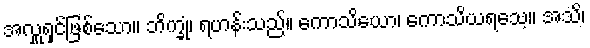
အလှူရှင်ဖြစ်သော။ ဘိက္ခုံ၊ ရဟန်းသည်။ ကောသိယော၊ ကောသိယရသေ့။ အသိ၊